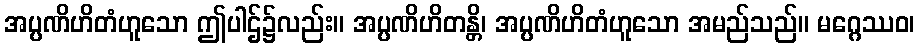
အပ္ပဏိဟိတံဟူသော ဤပါဌ်၌လည်း။ အပ္ပဏိဟိတန္တိ၊ အပ္ပဏိဟိတံဟူသော အမည်သည်။ မဂ္ဂေဿဝ၊